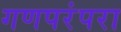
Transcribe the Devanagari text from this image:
गणपरंपरा